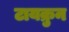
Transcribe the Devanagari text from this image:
टायक्रुन